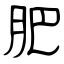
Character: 肥